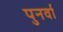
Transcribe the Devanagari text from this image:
पुनर्वा